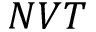
N V T